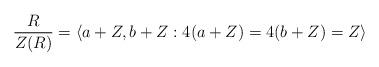
LaTeX: \begin{align*}\frac{R}{Z(R)} = \langle a + Z, b + Z : 4(a + Z) = 4(b + Z) = Z \rangle\end{align*}